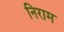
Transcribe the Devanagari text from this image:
निराम